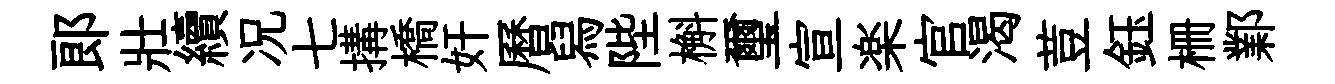
郞壯續况七搆橋奸曆舄陛槲璽宣楽官渴荳鈺栅鄴